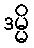
ဒမ္မိ